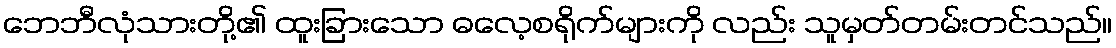
ဘေဘီလုံသားတို့၏ ထူးခြားသော ဓလေ့စရိုက်များကို လည်း သူမှတ်တမ်းတင်သည်။